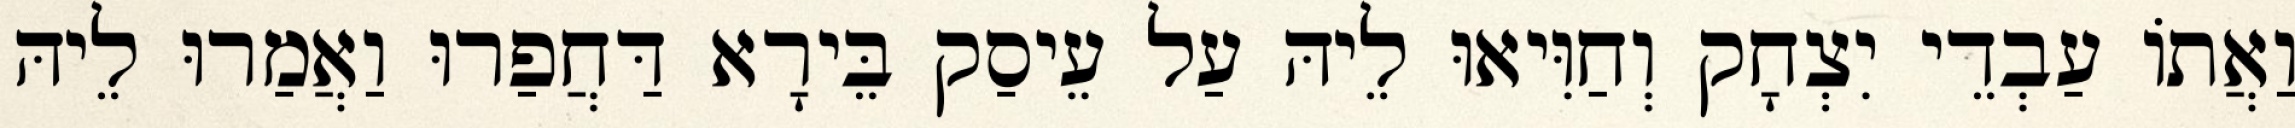
וַאֲתוֹ עַבְדֵי יִצְחָק וְחַוִּיאוּ לֵיהּ עַל עֵיסַק בֵּירָא דַּחֲפַרוּ וַאֲמַרוּ לֵיהּ